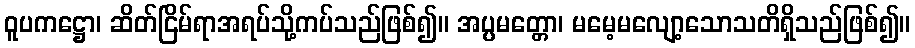
ဝူပကဋ္ဌော၊ ဆိတ်ငြိမ်ရာအရပ်သို့ကပ်သည်ဖြစ်၍။ အပ္ပမတ္တော၊ မမေ့မလျော့သောသတိရှိသည်ဖြစ်၍။